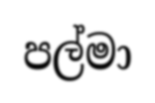
පල්මා